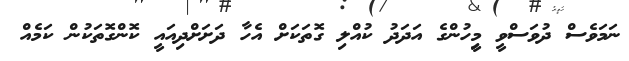
ނަމަވެސް ދުވަސްވީ މިީހުންގެ އަދަދު ކުއްލި ގޮތަކަށް އެހާ ދަށަށްދިއައީ ކޮންގޮތަކުން ކަމެއް